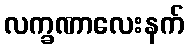
လက္ခဏာလေးနက်